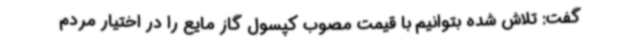
گفت: تلاش شده بتوانیم با قیمت مصوب کپسول گاز مایع را در اختیار مردم